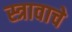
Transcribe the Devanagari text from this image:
स्त्रावाचे